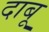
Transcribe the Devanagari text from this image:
दाबू